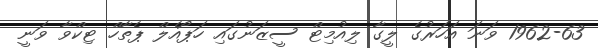
1962-63 ވަނަ އަހަރުގެ ލީގާ ލިއުމިޓް ސީޒަނުގައި ހަޕޯއެލް ޕެތާހް ޓިކްވާ ވަނީ